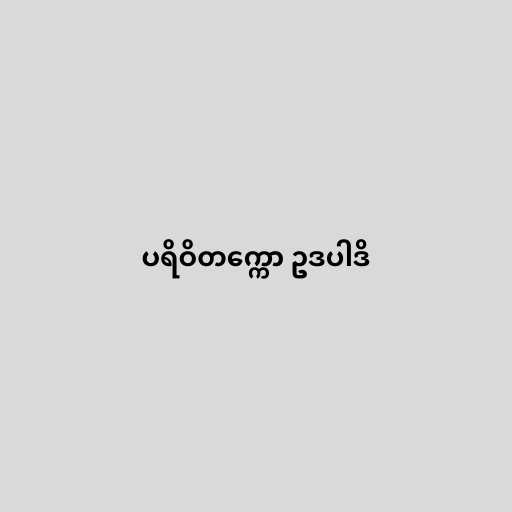
ပရိဝိတက္ကော ဥဒပါဒိ